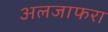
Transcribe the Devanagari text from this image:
अलजाफरा